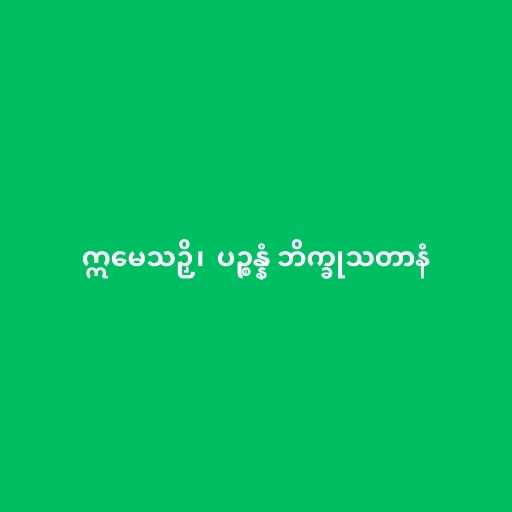
ဣမေသဉှိ၊  ပဉ္စန္နံ ဘိက္ခုသတာနံ